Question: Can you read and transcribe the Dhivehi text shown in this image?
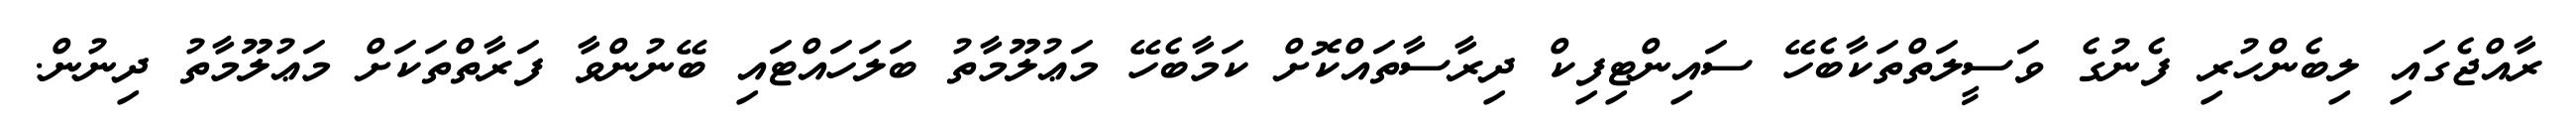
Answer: ރާއްޖެގައި ލިބެންހުރި ފެނުގެ ވަސީލަތްތަކާބެހޭ ސައިންޓިފިކް ދިރާސާތައްކޮށް ކަމާބެހޭ މަޢުލޫމާތު ބަލަހައްޓައި ބޭނުންވާ ފަރާތްތަކަށް މަޢުލޫމާތު ދިނުން.